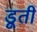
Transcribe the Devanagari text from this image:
डूती